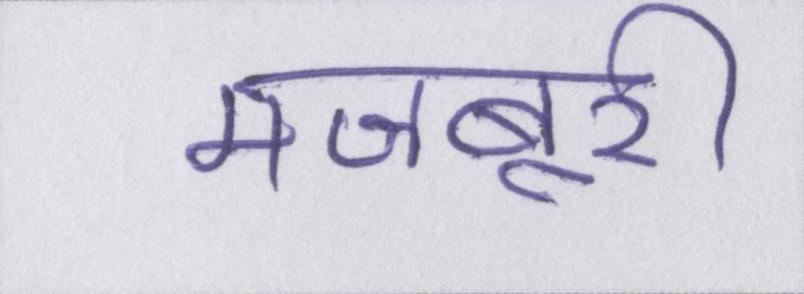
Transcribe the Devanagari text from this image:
मजबूरी